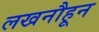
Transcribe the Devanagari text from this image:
लखनौहून